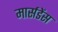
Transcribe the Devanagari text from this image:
मार्सडेंस